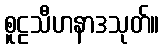
စူဠသီဟနာဒသုတ်။